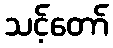
သင့်တော်